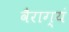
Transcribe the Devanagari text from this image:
वैराग्यं